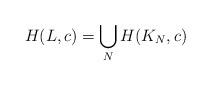
LaTeX: \begin{align*}H(L, c) = \bigcup_{N} H(K_{N}, c)\end{align*}